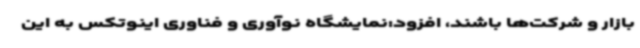
بازار و شرکت‌ها باشند، افزود:نمایشگاه نوآوری و فناوری اینوتکس به این